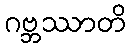
ဂဗ္ဘဿာတိ